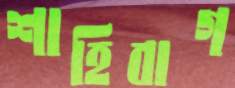
শাহিবাগ